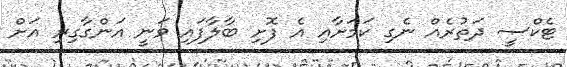
ޓެކްސީ ދަތުރެއް ނެގި ކަމަށާއި އެ ފޮށި ބާލާފައި ވަނީ އަންގާގިރި އަށް